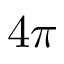
4 \pi